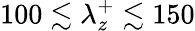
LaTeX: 100\lesssim\lambda_{z}^{+}\lesssim 150